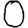
Digit: 0